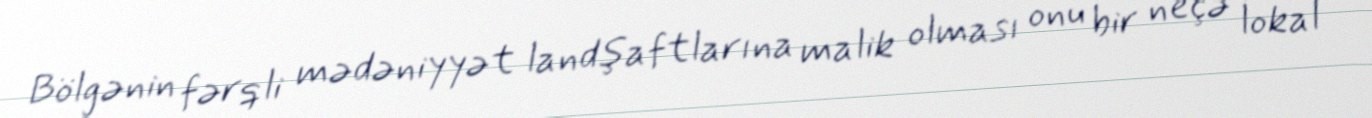
Bölgənin fərqli mədəniyyət landşaftlarına malik olması onu bir neçə lokal